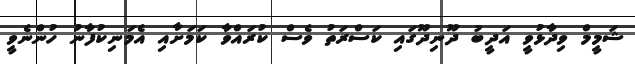
ޝަމީމް ވިދާޅުވީ އަދީބު ދޫނިދޫގައި ކަސްރަތު ވެސް ކުރައްވާ ކަމަށާއި އެމަނިކުފާނު ހުންނެވީ